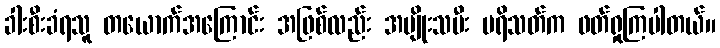
ခါးစီးခံရသူ တယောက်အကြောင်း အဖြစ်လည်း အမျိုးသမီး ပရိသတ်က ဖတ်ရှုကြပါတယ်။